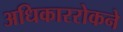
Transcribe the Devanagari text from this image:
अधिकाररोकने